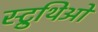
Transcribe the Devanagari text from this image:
स्ट्रुथिओ